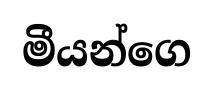
මීයන්ගෙ